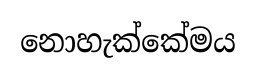
නොහැක්කේමය